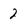
Character: 2